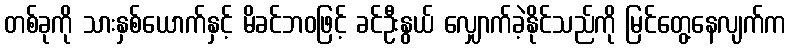
တစ်ခုကို သားနှစ်ယောက်နှင့် မိခင်ဘဝဖြင့် ခင်ဦးနွယ် လျှောက်ခဲ့နိုင်သည်ကို မြင်တွေ့နေလျက်က